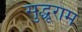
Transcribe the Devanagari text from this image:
सुद्धूराम